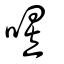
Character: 喅